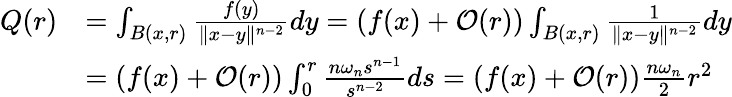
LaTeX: \begin{array}{rl}{Q(r)}&{=\int_{B(x,r)}\frac{f(y)}{\| x-y\| ^{n-2}}dy=\left(f(x)+\mathcal{O}(r)\right)\int_{B(x,r)}\frac{1}{\| x-y\| ^{n-2}}dy}\\ &{=\left(f(x)+\mathcal{O}(r)\right)\int_{0}^{r}\frac{n\omega_{n}s^{n-1}}{s^{n-2}}ds=\left(f(x)+\mathcal{O}(r)\right)\frac{n\omega_{n}}{2}r^{2}}\end{array}